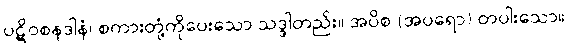
ပဋိဝစနဒါနံ၊ စကားတုံ့ကိုပေးသော သဒ္ဒါတည်း။ အပိစ (အပရော) တပါးသော။